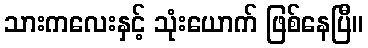
သားကလေးနှင့် သုံးယောက် ဖြစ်နေပြီ။